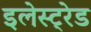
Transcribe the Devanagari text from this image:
इलेस्ट्रेड